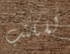
للكتب